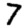
Digit: 7